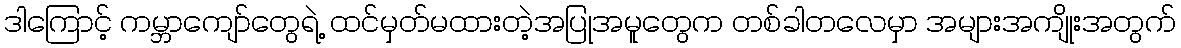
ဒါကြောင့် ကမ္ဘာကျော်တွေရဲ့ ထင်မှတ်မထားတဲ့အပြုအမူတွေက တစ်ခါတလေမှာ အများအကျိုးအတွက်